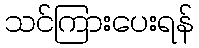
သင်ကြားပေးရန်